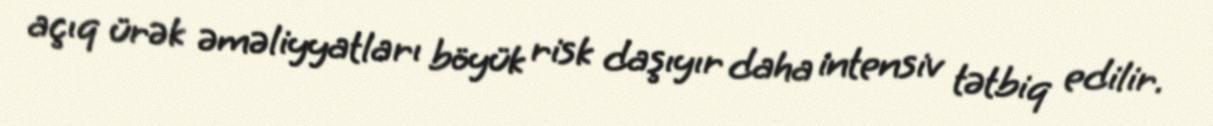
açıq ürək əməliyyatları böyük risk daşıyır daha intensiv tətbiq edilir.